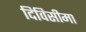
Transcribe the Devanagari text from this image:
दिविसीमा